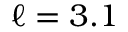
\ell = 3 . 1